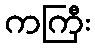
ကကြီး